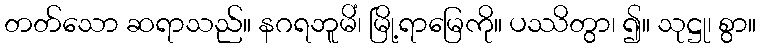
တတ်သော ဆရာသည်။ နဂရဘူမိံ၊ မြို့ရာမြေကို။ ပဿိတွာ၊ ၍။ သုဋ္ဌု၊ စွာ။